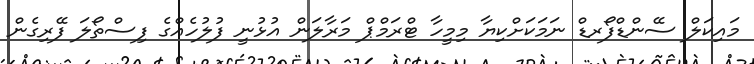
މައިކަލް ސޭންޑްފޯރޑް ނަމަކަށްކިޔާ މިމީހާ ޓްރަމްޕް މަރާލަން އުޅުނީ ފުލުހެއްގެ ފިސްތޯލަ ފޭރިގެން